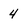
Character: 4